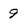
Character: 9